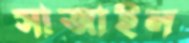
সাজাইল